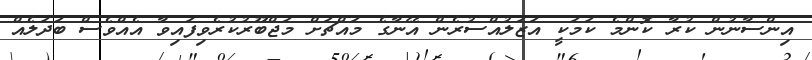
އިންސާނުން ކުރާ ކޮންމެ ކަމަކީ އަޒަލުއްސުރެން އޭނާގެ މައްޗަށް މަޖްބޫރުކުރެވިފައިވާ އެއްވެސް ބަދަލެއް